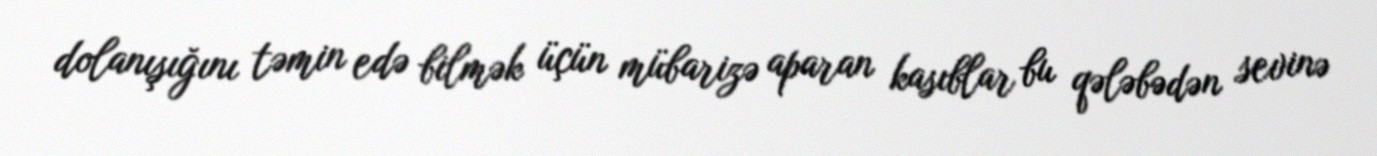
dolanışığını təmin edə bilmək üçün mübarizə aparan kasıblar bu qələbədən sevinə